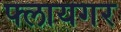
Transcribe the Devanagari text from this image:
फ्लायगर